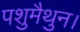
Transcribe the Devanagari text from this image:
पशुमैथुन।